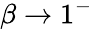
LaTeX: \beta\rightarrow 1^{-}